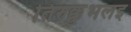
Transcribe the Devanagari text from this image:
तिरुक्कुभलइ